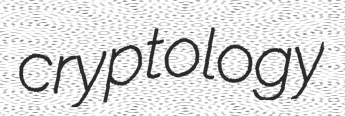
cryptology